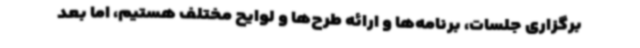
برگزاری جلسات، برنامه‌ها و ارائه طرح‌ها و لوایح مختلف هستیم، اما بعد